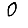
Digit: 0